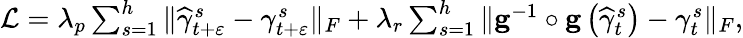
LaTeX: \begin{array}{r}{\mathcal{L}=\lambda_{p}\sum_{s=1}^{h}\Vert\widehat{\gamma}_{t+\varepsilon}^{s}-\gamma_{t+\varepsilon}^{s}\Vert_{F}+\lambda_{r}\sum_{s=1}^{h}\Vert\mathbf{g}^{-1}\circ\mathbf{g}\left(\widehat{\gamma}_{t}^{s}\right)-\gamma_{t}^{s}\Vert_{F},}\end{array}